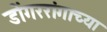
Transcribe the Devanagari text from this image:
डोंगररांगाच्या